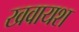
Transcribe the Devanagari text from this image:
खवायश